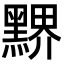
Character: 𪑹